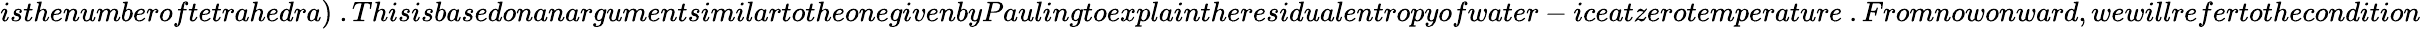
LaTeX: isthenumberoftetrahedra)~.ThisisbasedonanargumentsimilartotheonegivenbyPaulingtoexplaintheresidualentropyofwater-iceatzerotemperature~.Fromnowonward,wewillrefertothecondition